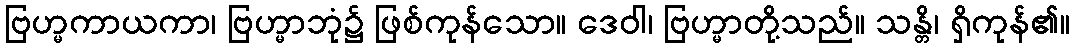
ဗြဟ္မကာယကာ၊ ဗြဟ္မာဘုံ၌ ဖြစ်ကုန်သော။ ဒေဝါ၊ ဗြဟ္မာတို့သည်။ သန္တိ၊ ရှိကုန်၏။